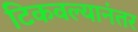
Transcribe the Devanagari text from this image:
टिकवल्यानंतर